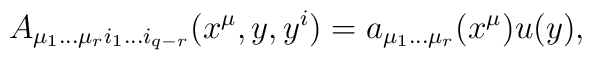
A_{\mu_1\dots\mu_ri_1\dots i_{q-r}}(x^{\mu},y,y^i)=a_{\mu_1\dots\mu_r}(x^{\mu})u(y),